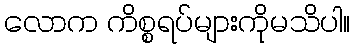
လောက ကိစ္စရပ်များကိုမသိပါ။